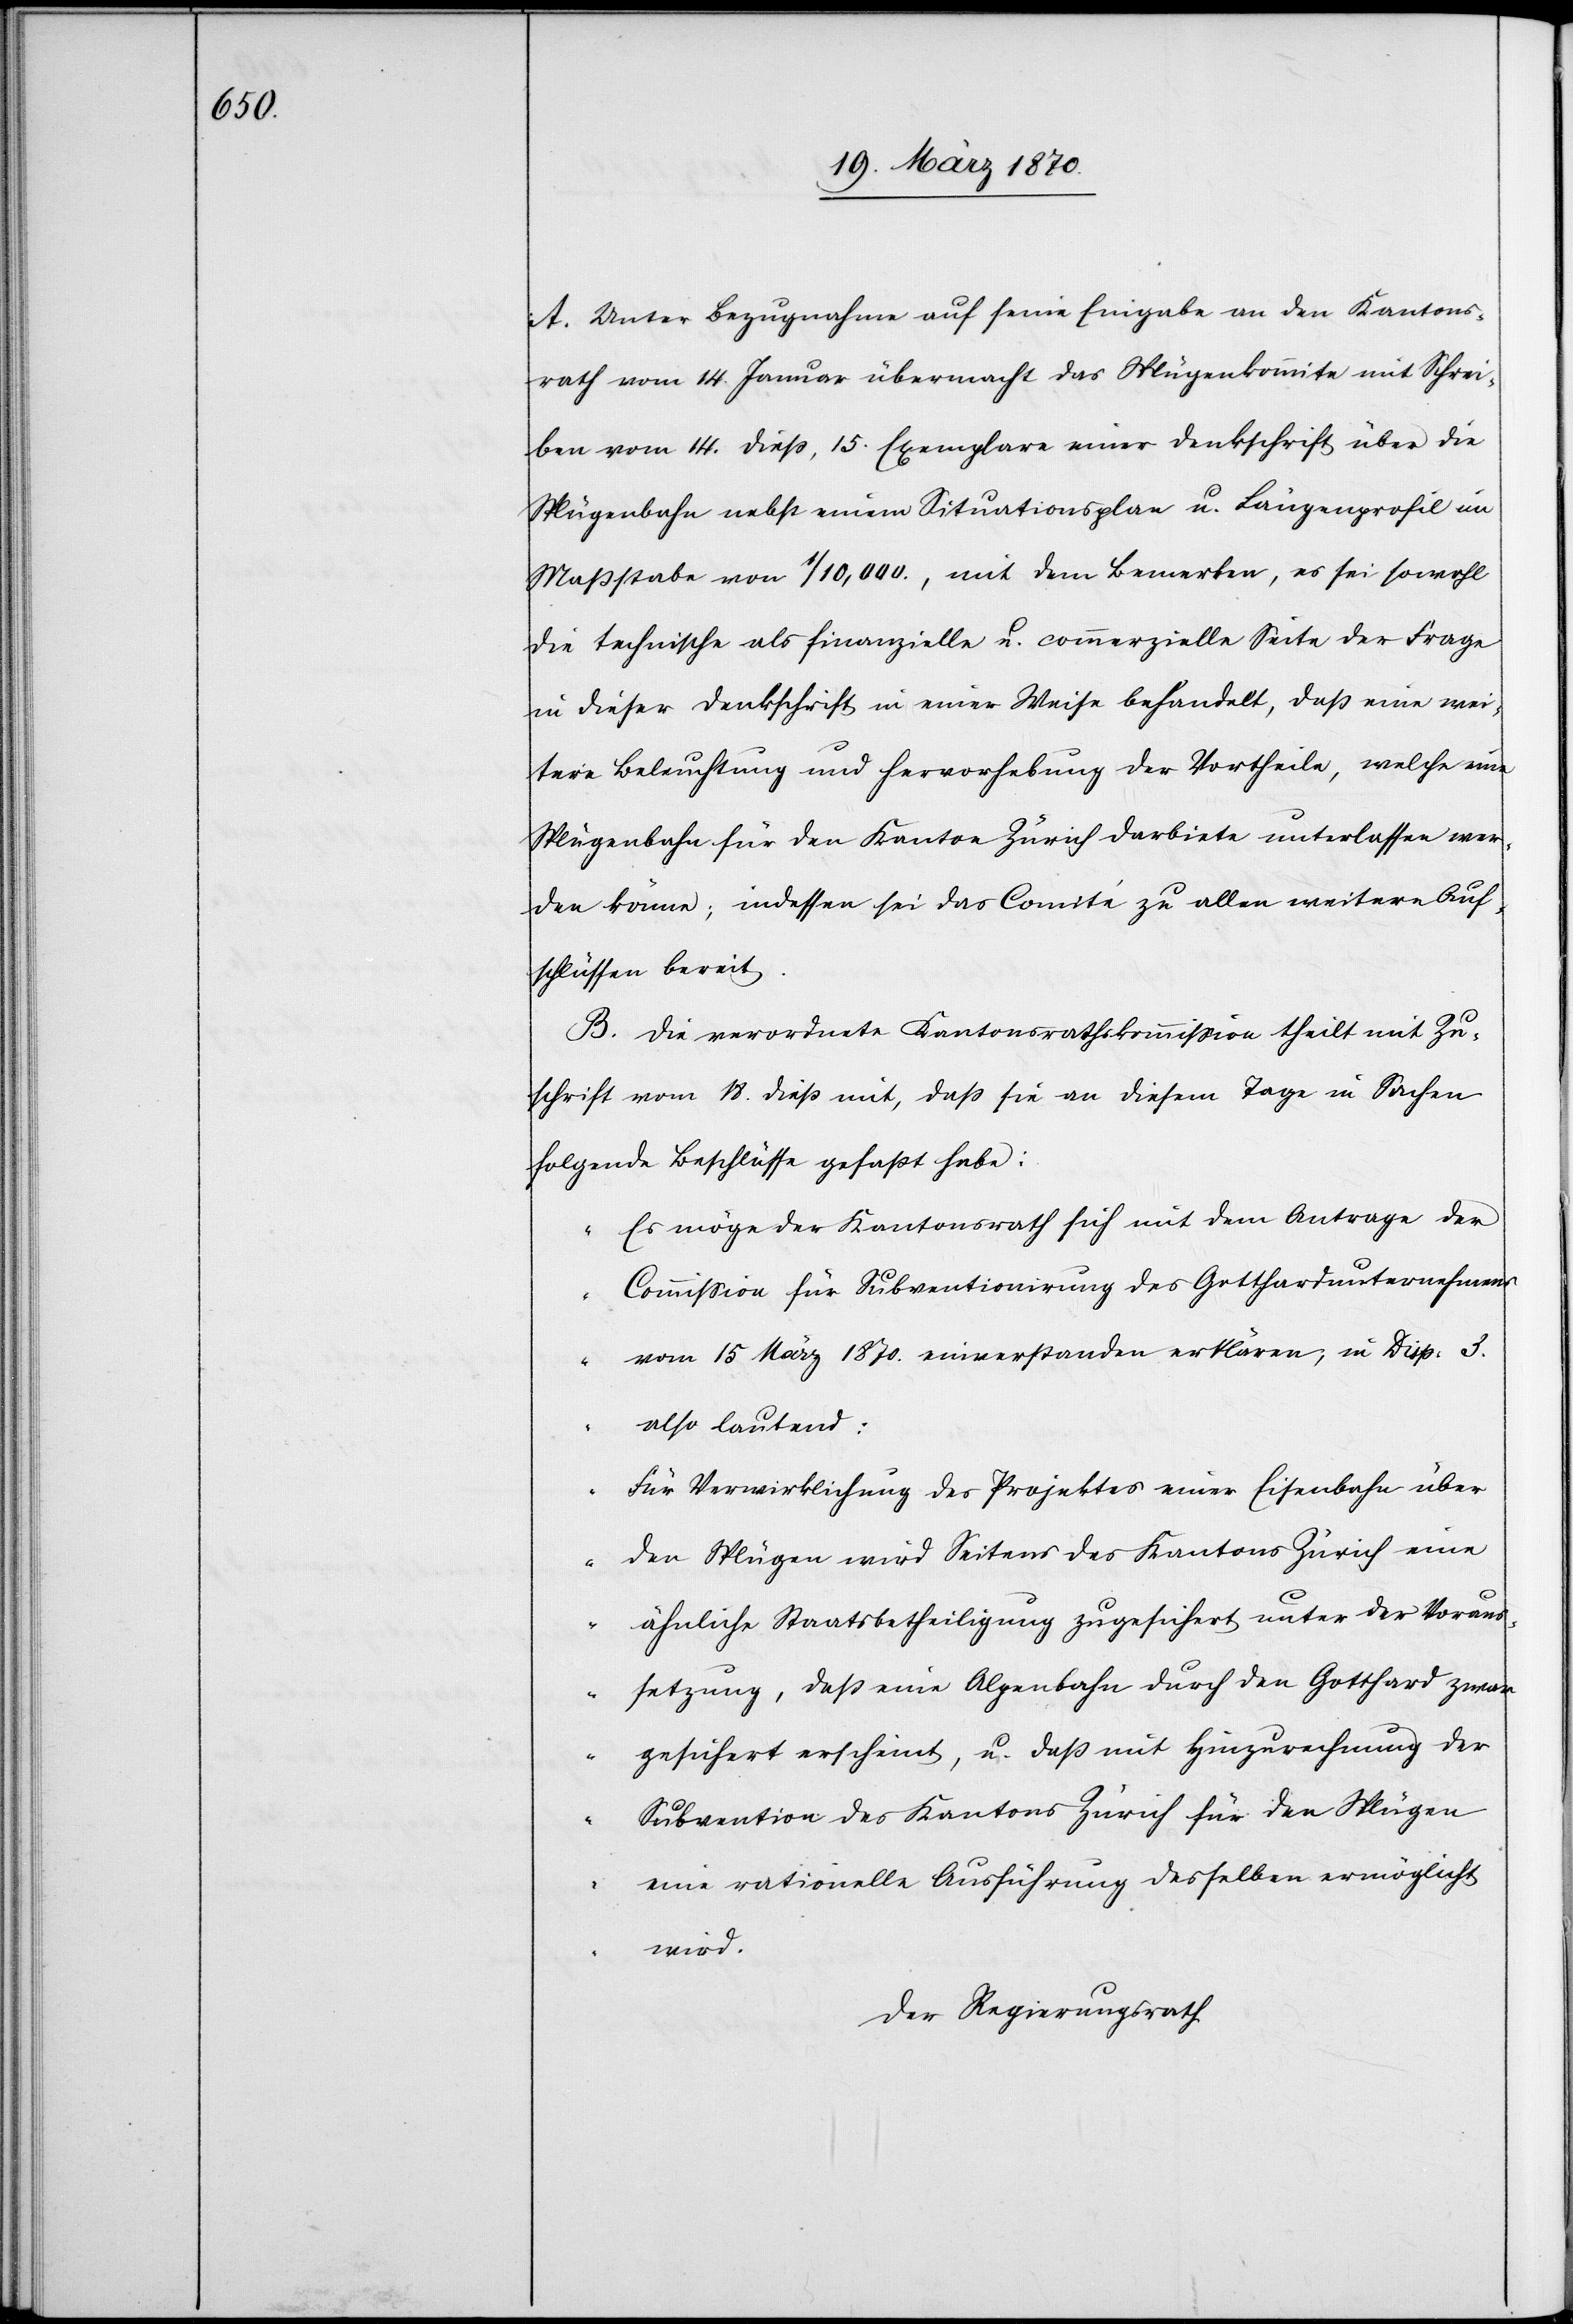
A. Unter Bezugnahme auf seine Eingabe an den Kantons¬
rath vom 14. Januar übermacht das Splügenkommite mit Schrei¬
ben vom 14. dieß, 15 Exemplare einer Denkschrift über die
Splügenbahn nebst einem Situationsplan u. Längenprofil im
Maßstabe von 1/10,000., mit dem Bemerken, es sei sowohl
die technische als finanzielle u. commerzielle Seite der Frage
in dieser Denkschrift in einer Weise behandelt, daß eine wei¬
tere Beleuchtung und hervorhebung der Vortheile, welche eine
Splügenbahn für den Kanton Zürich darbiete unterlassen wer¬
den könne; indessen sei das Comité zu allen weitern Auf¬
schlüssen bereit.
B. Die verordnete Kantonsrathskommission theilt mit Zu¬
schrift vom 18. dieß mit, daß sie an diesem Tage in Sachen
folgende Beschlüsse gefaßt habe:
„Es möge der Kantonsrath sich mit dem Antrage der
Commission für Subventionirung des Gotthardunternehmens
vom 15 März 1870. einverstanden erklären, in Disp. 3.
also lautend:
Für Verwirklichung des Projektes einer Eisenbahn über
den Splügen wird Seitens des Kantons Zürich eine
ähnliche Staatsbetheiligung zugesichert unter der Voraus¬
setzung, daß eine Alpenbahn durch den Gotthard zwar
gesichert erscheint, u. daß mit Hinzurechnung der
Subvention des Kantons Zürich für den Splügen
eine rationelle Ausführung desselben ermöglicht
Der Regierungsrath